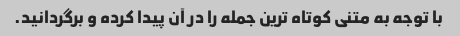
با توجه به متنی کوتاه ترین جمله را در آن پیدا کرده و برگردانید.